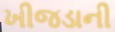
ખીજડાની